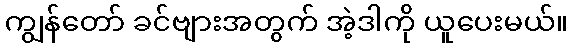
ကျွန်တော် ခင်ဗျားအတွက် အဲ့ဒါကို ယူပေးမယ်။